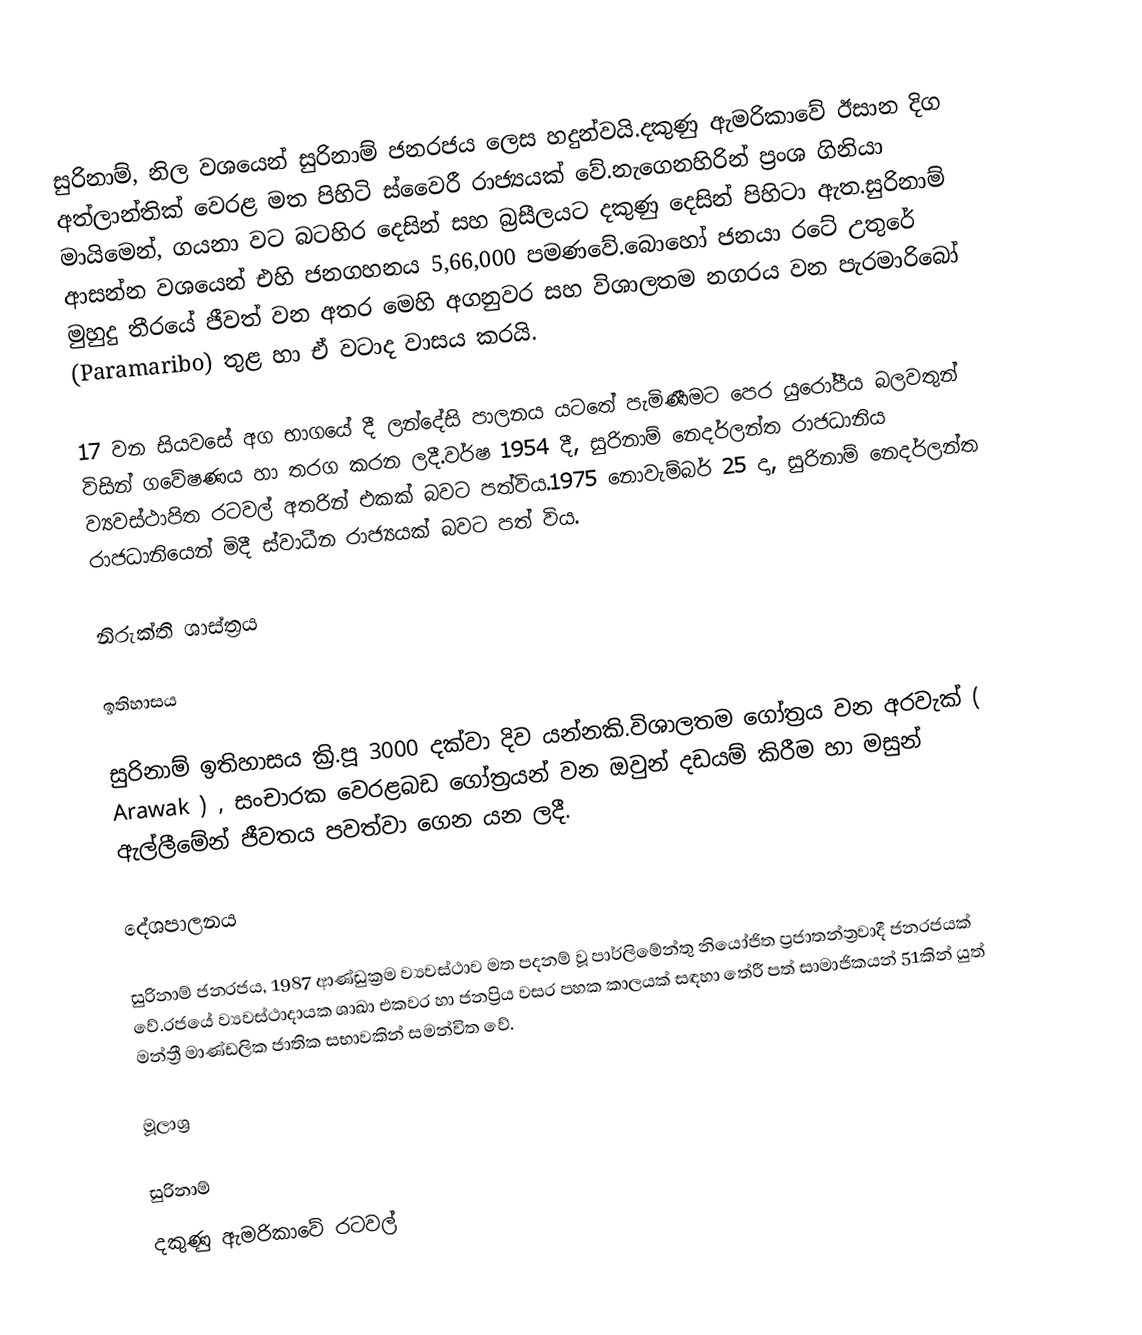
සුරිනාම්, නිල වශයෙන් සුරිනාම් ජනරජය ලෙස හදුන්වයි.දකුණු ඇමරිකාවේ ඊසාන දිග අත්ලාන්තික් වෙරළ මත පිහිටි ස්වෛරී රාජ්‍යයක් වේ.නැගෙනහිරින් ප්‍රංශ ගිනියා මායිමෙන්, ගයනා වට බටහිර දෙසින් සහ බ්‍රසීලයට දකුණු දෙසින් පිහිටා ඇත.සුරිනාම් ආසන්න වශයෙන් එහි ජනගහනය 5,66,000 පමණවේ.බොහෝ ජනයා රටේ උතුරේ මුහුදු තීරයේ ජීවත් වන අතර මෙහි අගනුවර සහ විශාලතම නගරය වන පැරමාරිබෝ (Paramaribo) තුළ හා ඒ වටාද වාසය කරයි.

17 වන සියවසේ අග භාගයේ දී ලන්දේසි පාලනය යටතේ පැමිණීමට පෙර යුරෝපීය බලවතුන් විසින් ගවේෂණය හා තරග කරන ලදී.වර්ෂ 1954 දී, සුරිනාම් නෙදර්ලන්ත රාජධානිය ව්‍යවස්ථාපිත රටවල් අතරින් එකක් බවට පත්විය.1975 නොවැම්බර් 25 දා, සුරිනාම් නෙදර්ලන්ත රාජධානියෙන් මිදී ස්වාධීන රාජ්‍යයක් බවට පත් විය.

නිරුක්ති ශාස්ත්‍රය

ඉතිහාසය

සුරිනාම් ඉතිහාසය ක්‍රි.පූ 3000 දක්වා දිව යන්නකි.විශාලතම ගෝත්‍රය වන අරවැක් ( Arawak ) , සංචාරක වෙරළබඩ ගෝත්‍රයන් වන ඔවුන් දඩයම් කිරීම හා මසුන් ඇල්ලීමේන් ජීවතය පවත්වා ගෙන යන ලදී.

දේශපාලනය

සුරිනාම් ජනරජය, 1987 ආණ්ඩුක්‍රම ව්‍යවස්ථාව මත පදනම් වූ පාර්ලිමේන්තු නියෝජිත ප්‍රජාතන්ත්‍රවාදී ජනරජයක් වේ.රජයේ ව්‍යවස්ථාදායක ශාඛා එකවර හා ජනප්‍රිය වසර පහක කාලයක් සඳහා තේරී පත් සාමාජිකයන් 51කින් යුත් මන්ත්‍රී මාණ්ඩලික ජාතික සභාවකින් සමන්විත වේ.

මූලාශ්‍ර

සුරිනාම්
දකුණු ඇමරිකාවේ රටවල්